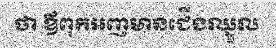
ថា ឪពុកអញមានជើងឈ្នួល